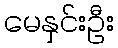
မေနှင်းဦး